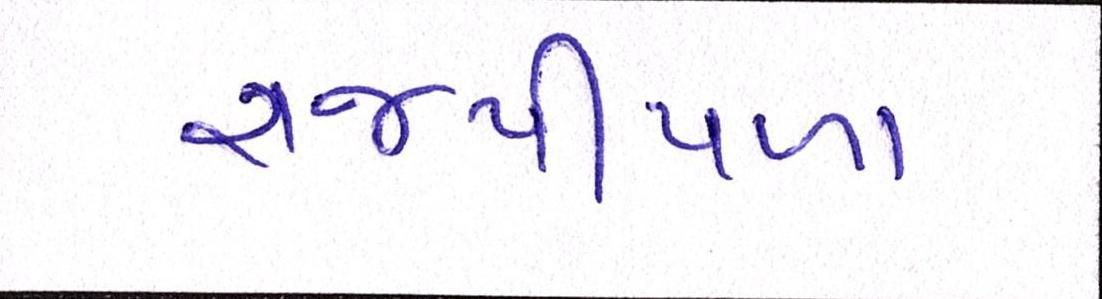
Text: રાજપીપળા